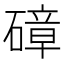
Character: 𥕞